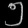
Digit: ၅